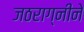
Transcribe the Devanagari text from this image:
जठराग्नीने